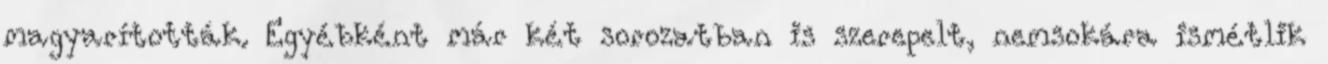
magyarították. Egyébként már két sorozatban is szerepelt, nemsokára ismétlik